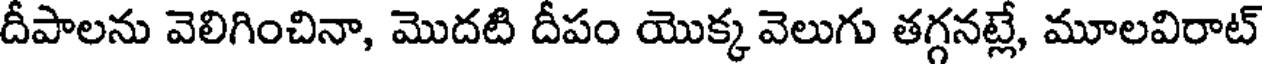
దీపాలను వెలిగించినా, మొదటి దీపం యొక్క వెలుగు తగ్గనట్లే, మూలవిరాట్